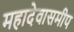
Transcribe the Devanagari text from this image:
महादेवासमीप